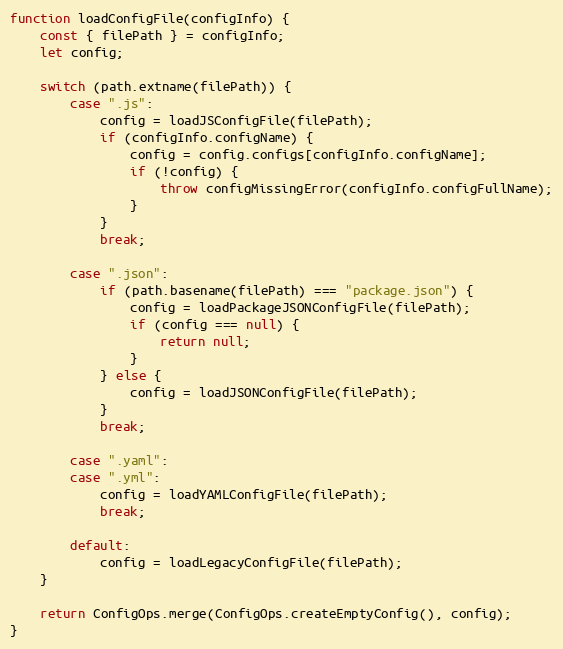
Language: JavaScript
function loadConfigFile(configInfo) {
    const { filePath } = configInfo;
    let config;

    switch (path.extname(filePath)) {
        case ".js":
            config = loadJSConfigFile(filePath);
            if (configInfo.configName) {
                config = config.configs[configInfo.configName];
                if (!config) {
                    throw configMissingError(configInfo.configFullName);
                }
            }
            break;

        case ".json":
            if (path.basename(filePath) === "package.json") {
                config = loadPackageJSONConfigFile(filePath);
                if (config === null) {
                    return null;
                }
            } else {
                config = loadJSONConfigFile(filePath);
            }
            break;

        case ".yaml":
        case ".yml":
            config = loadYAMLConfigFile(filePath);
            break;

        default:
            config = loadLegacyConfigFile(filePath);
    }

    return ConfigOps.merge(ConfigOps.createEmptyConfig(), config);
}